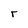
Character: r